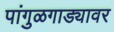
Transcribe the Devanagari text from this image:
पांगुळगाड्यावर